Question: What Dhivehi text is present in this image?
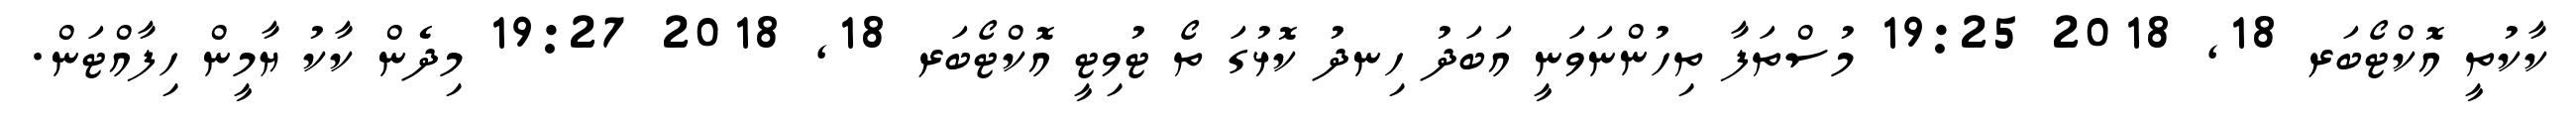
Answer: ކާކުތީ އޮކްޓޯބަރ 18, 2018 19:25 މުސްތަފާ ތިހުންނަވަނީ އަބަދު ހިނދު ކޮޅުގަ ތޯ ޓުވިޓީ އޮކްޓޯބަރ 18, 2018 19:27 މިދެން ކާކު ޔާމީން ހިފާއްޓަން.